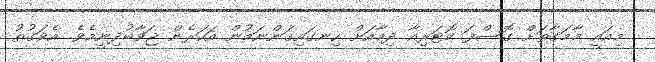
މިއައީ މާމަގާތަށް ގޮސްފަ ކޮޓަރިއާ ދިމާއަށް ހިނގައިގަންނަމުން އަހަރެން ޖަވާބުދިނީމެވެ. އެވަގުތު